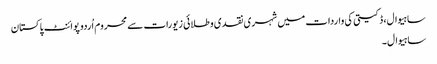
ساہیوال، ڈکیتی کی واردات میں شہری نقدی و طلائی زیورات سے محروم اُردو پوائنٹ پاکستان
ساہیوال۔